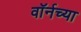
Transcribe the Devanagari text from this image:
वॉर्नच्या